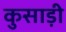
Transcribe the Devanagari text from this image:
कुसाड़ी